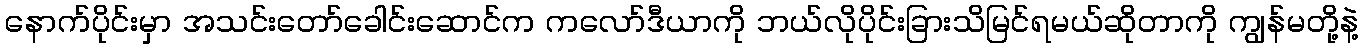
နောက်ပိုင်းမှာ အသင်းတော်ခေါင်းဆောင်က ကလော်ဒီယာကို ဘယ်လိုပိုင်းခြားသိမြင်ရမယ်ဆိုတာကို ကျွန်မတို့နဲ့